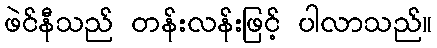
ဖဲင်နီသည် တန်းလန်းဖြင့် ပါလာသည်။